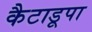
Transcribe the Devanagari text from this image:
कैटाडूपा